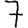
Digit: 7